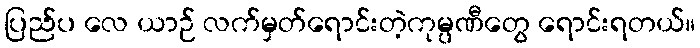
ပြည်ပ လေ ယာဉ် လက်မှတ်ရောင်းတဲ့ကုမ္ပဏီတွေ ရောင်းရတယ်။